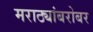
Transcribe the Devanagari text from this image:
मराठ्यांबरोबर